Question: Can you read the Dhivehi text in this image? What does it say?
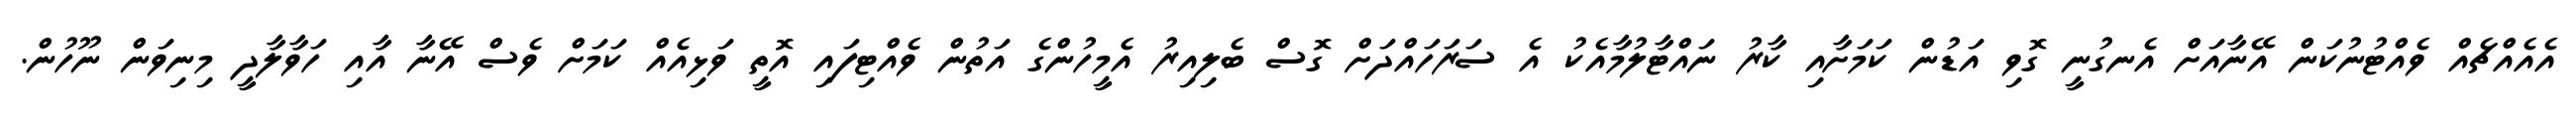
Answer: އެއެއްޗެއް ވެއްޓުނުކަން އޭނާއަށް އެނގުނީ ގޮވި އަޑުން ކަމަށާއި ކާރު ނައްޓާލުމާއެކު އެ ސަރަހައްދަށް ގޮސް ބެލިއިރު އެމީހުންގެ އަތުން ވެއްޓިފައި އޮތީ ވަޅިއެއް ކަމަށް ވެސް އޭނާ އާއި ހަވާލާދީ މިނިވަން ނޫހުން.